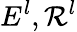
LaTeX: E^{l},\mathcal{R}^{l}